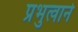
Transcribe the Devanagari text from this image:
प्रभुत्वाने